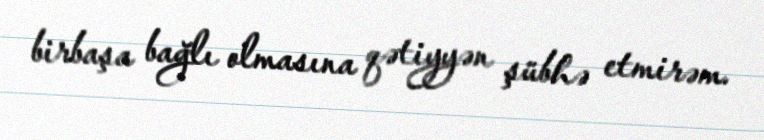
birbaşa bağlı olmasına qətiyyən şübhə etmirəm.